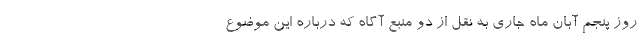
روز پنجم آبان ماه جاری به نقل از دو منبع آگاه که درباره این موضوع